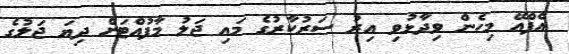
އެފްއޭ މިހެން ވިދާޅުވި އިރު ސަރުކާރުގެ މައި ޖަލު މާފުއްޓަށް ދިޔަ ޖަލުގެ